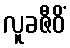
လူခဇီဝိံ